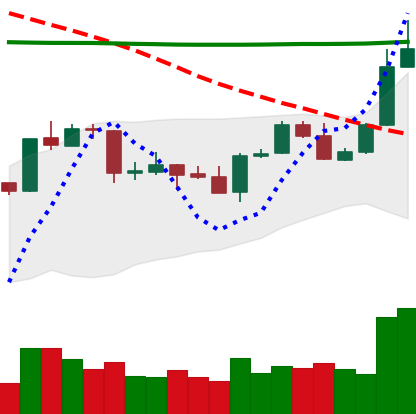
Ticker: ADA-USD
Chart end date: 2020-04-24
Forward return: 23.471%
Label: up_7plus